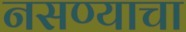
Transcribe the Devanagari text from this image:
नसण्याचा